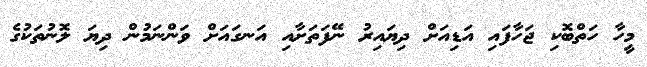
މީހާ ހަތްބޮކި ޖަހާފައި އަޑިއަށް ދިޔައިރު ނޭފަތަށާއި އަނގައަށް ވަންނަމުން ދިޔަ ލޮނުތަކުގެ